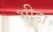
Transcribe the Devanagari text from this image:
भीड़ा